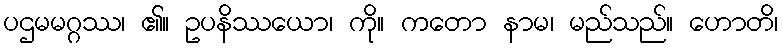
ပဌမမဂ္ဂဿ၊ ၏။ ဥပနိဿယော၊ ကို။ ကတော နာမ၊ မည်သည်။ ဟောတိ၊